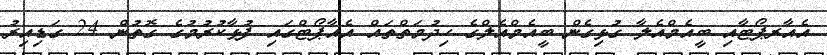
އެއާރޕޯޓާއި ބީއެމްއެލާ ގުޅިގެން ބީއެމްއެލްގެ ހިދުމަތްތައް އެއާޕޯޓްގައި ފުޅާކުރުމުގެ ގޮތުން 24 ގަޑިއިރު